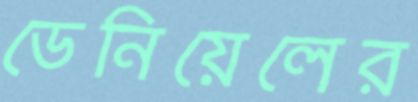
ডেনিয়েলের